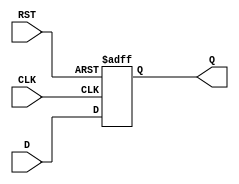
module IntermediateRegister (
    input  wire [N-1:0] D,      // Data Input
    input  wire CLK,            // Clock
    input  wire RST,            // Asynchronous Reset
    output reg  [N-1:0] Q       // Data Output
);
    parameter N = 8;            // Default width of the register

    // Asynchronous reset and synchronous data capture
    always @(posedge CLK or posedge RST) begin
        if (RST) begin
            Q <= 0;              // Reset output to zero
        end else begin
            Q <= D;              // Capture data on clock edge
        end
    end
endmodule